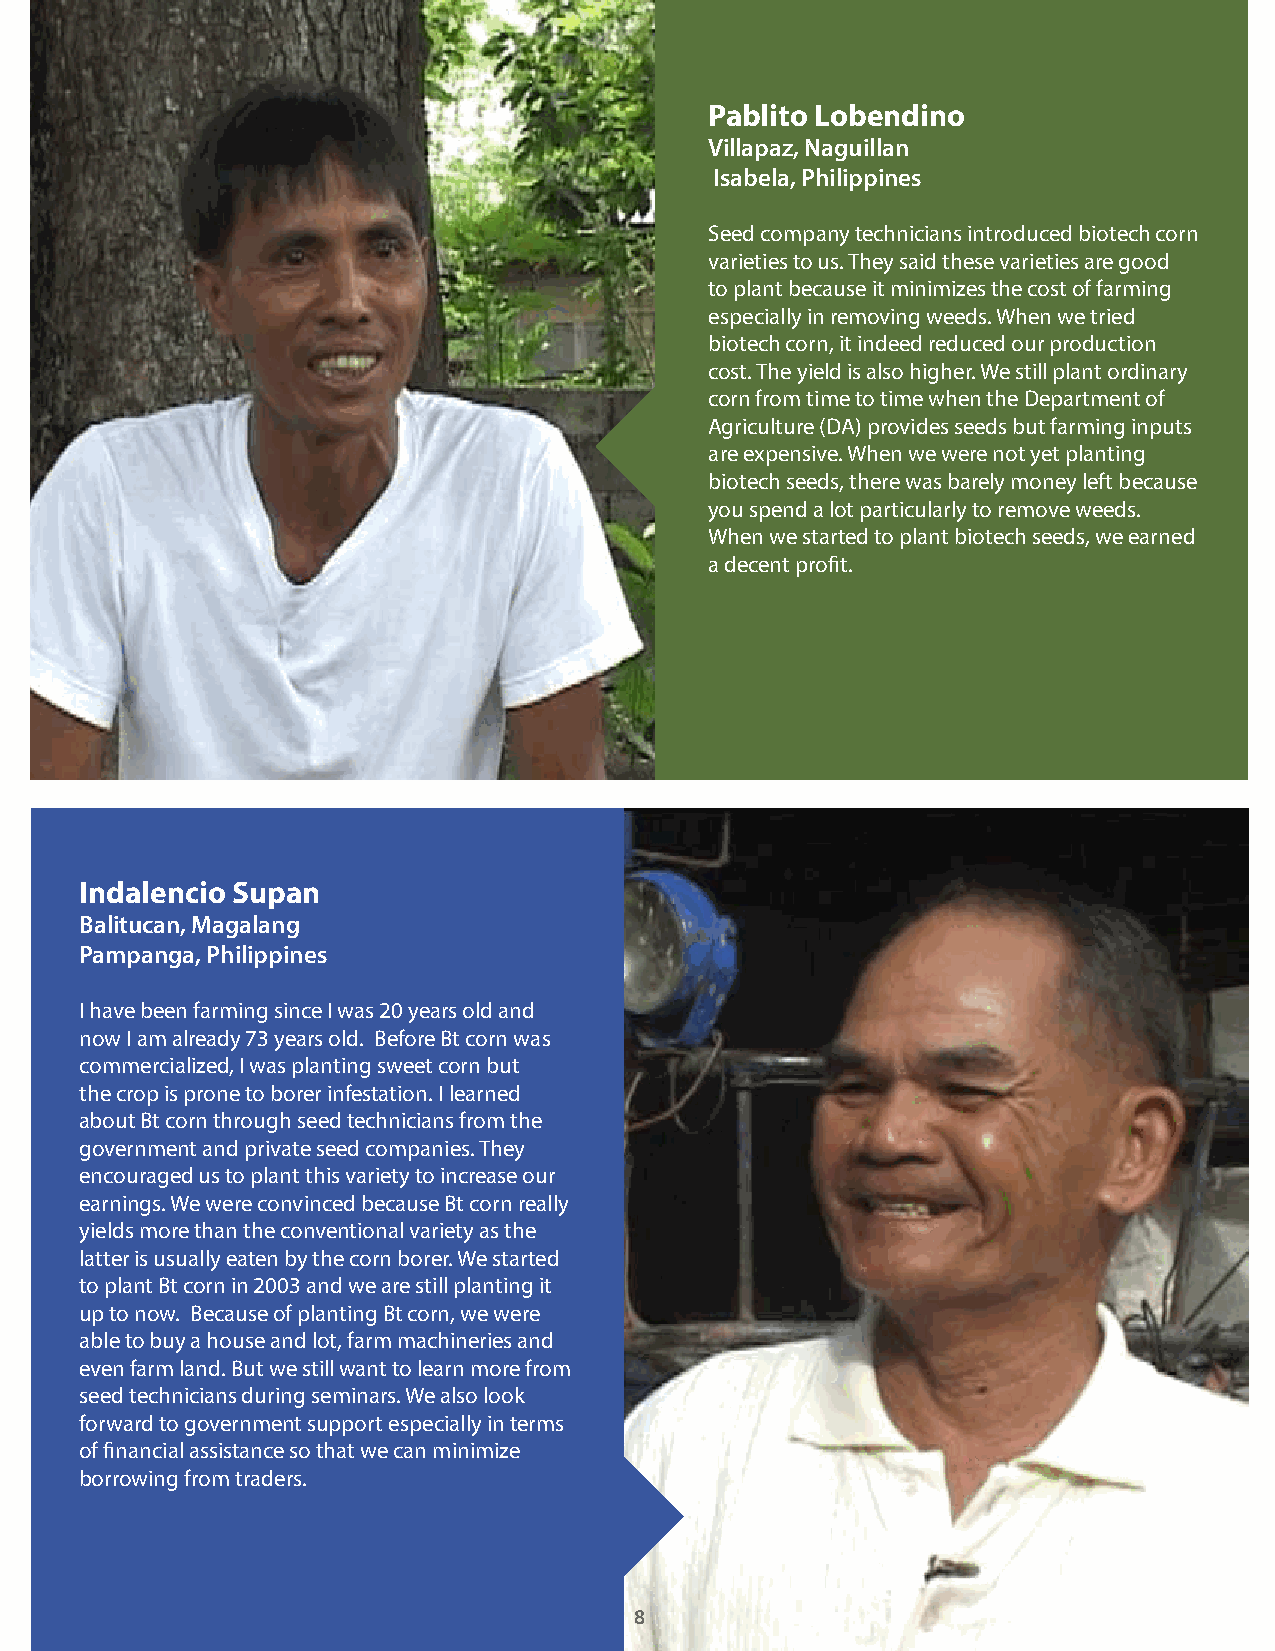
Pablito Lobendino
 Villapaz, Naguillan
 Isabela, Philippines
 Seed company technicians introduced biotech corn
 varieties to us. They said these varieties are good
 to plant because it minimizes the cost of farming
 especially in removing weeds. When we tried
 biotech corn, it indeed reduced our production
 cost. The yield is also higher. We still plant ordinary
 corn from time to time when the Department of
 Agriculture (DA) provides seeds but farming inputs
 are expensive. When we were not yet planting
 biotech seeds, there was barely money left because
 you spend a lot particularly to remove weeds.
 When we started to plant biotech seeds, we earned
 a decent profit.
 Indalencio Supan
 Balitucan, Magalang
 Pampanga, Philippines
 I have been farming since I was 20 years old and
 now I am already 73 years old. Before Bt corn was
 commercialized, I was planting sweet corn but
 the crop is prone to borer infestation. I learned
 about Bt corn through seed technicians from the
 government and private seed companies. They
 encouraged us to plant this variety to increase our
 earnings. We were convinced because Bt corn really
 yields more than the conventional variety as the
 latter is usually eaten by the corn borer. We started
 to plant Bt corn in 2003 and we are still planting it
 up to now. Because of planting Bt corn, we were
 able to buy a house and lot, farm machineries and
 even farm land. But we still want to learn more from
 seed technicians during seminars. We also look
 forward to government support especially in terms
 of financial assistance so that we can minimize
 borrowing from traders.
 8